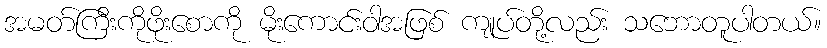
အမတ်ကြီးကိုဖိုးစောကို မိုးကောင်းဝါအဖြစ် ကျုပ်တို့လည်း သဘောတူပါတယ်။